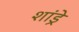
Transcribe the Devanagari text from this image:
शांड्रे